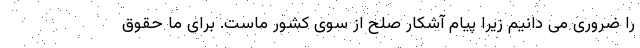
را ضروری می دانیم زیرا پیام آشکار صلح از سوی کشور ماست. برای ما حقوق